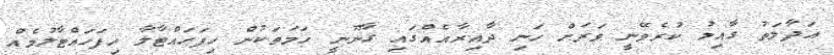
އަދާލަތު ގާއިމު ކުރެވޭނީ ވަރަށް ހަނި ދާއިރާއެއްގައި ގާނޫނީ ހަމަތަކުން ހިފަހައްޓާލާ ހިފަހައްޓާލުމެއް